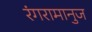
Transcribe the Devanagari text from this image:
रंगरामानुज